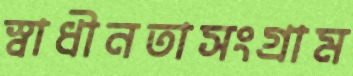
স্বাধীনতাসংগ্রাম